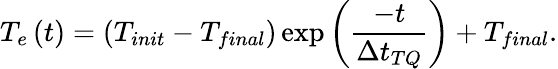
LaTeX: T_{e}\left(t\right)=\left(T_{init}-T_{final}\right)\exp\left(\frac{-t}{\Delta t_{TQ}}\right)+T_{final}.